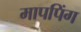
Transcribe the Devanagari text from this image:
मापपिंग